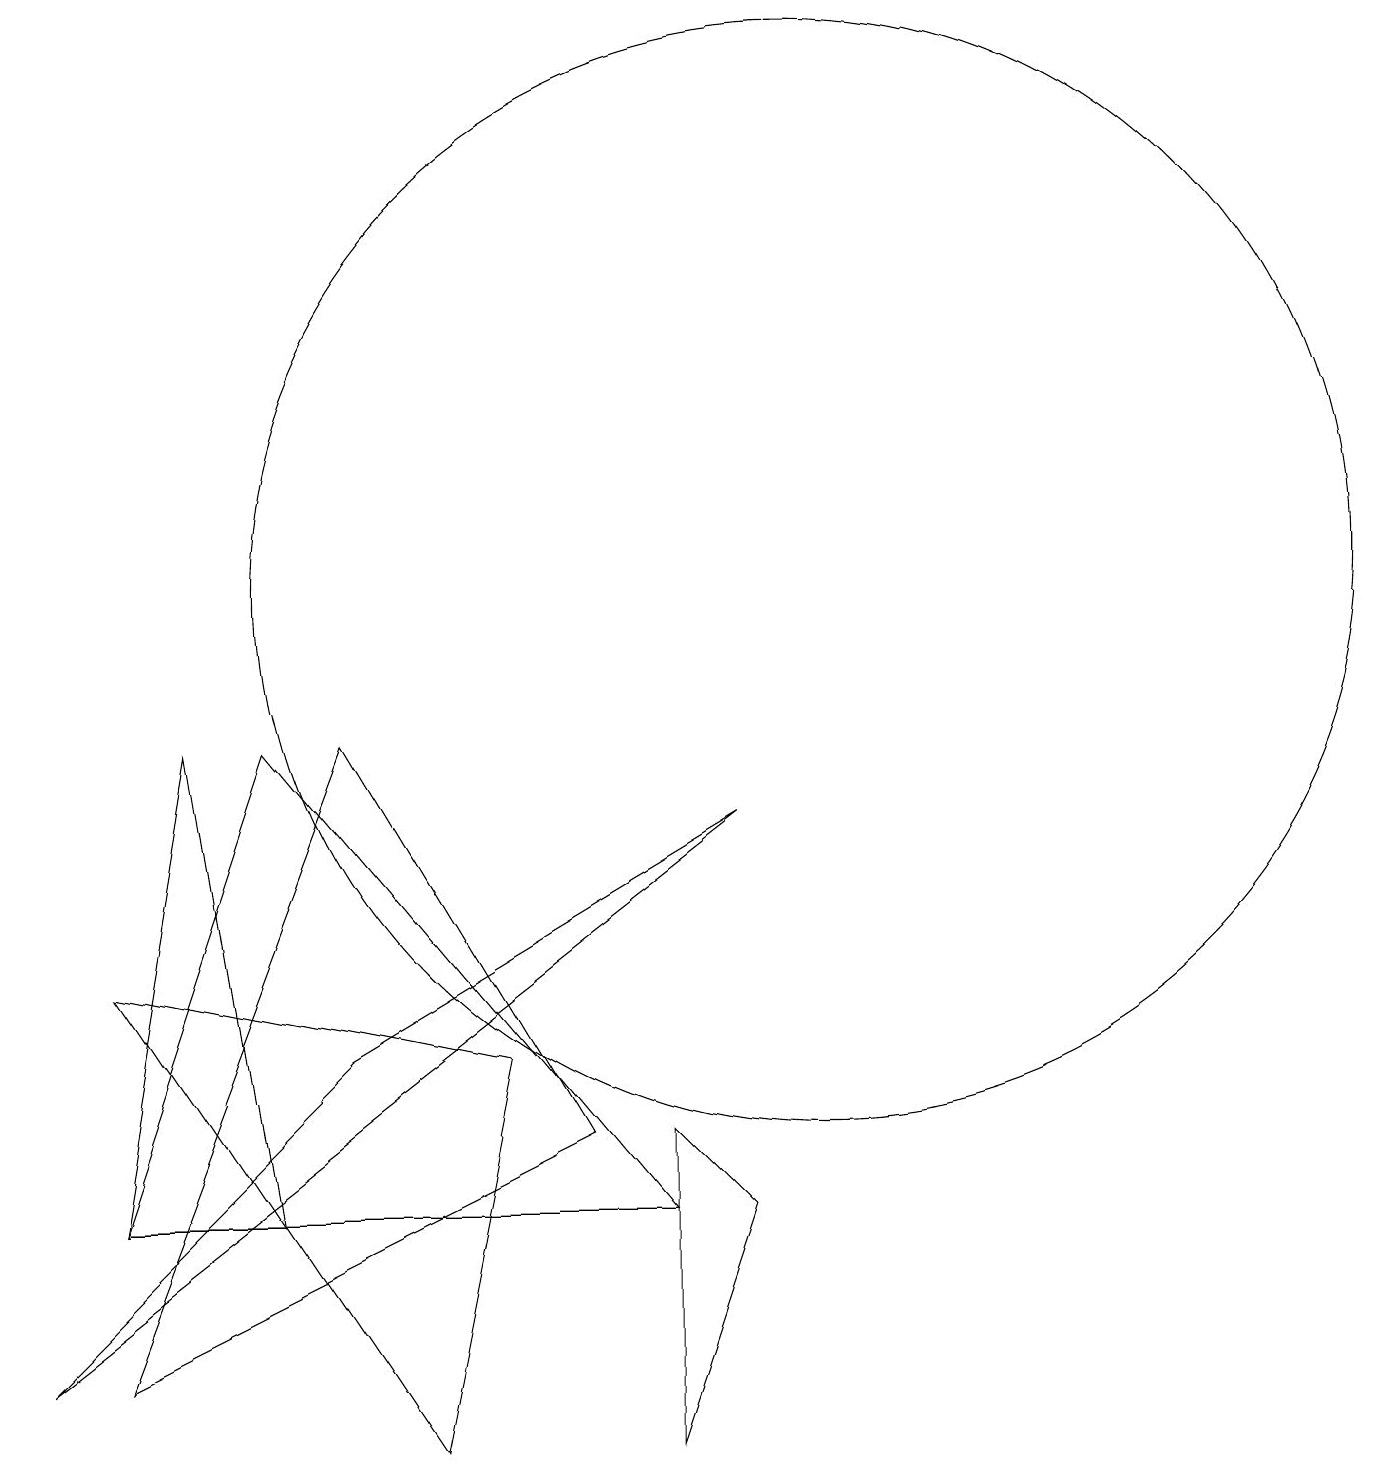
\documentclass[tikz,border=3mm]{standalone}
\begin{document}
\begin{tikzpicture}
\draw (9,8) -- (4,5) -- (0,1) -- cycle;
\draw (3,3) -- (2,9) -- (1,3) -- cycle;
\draw (10,11) circle (7);
\draw (3,9) -- (1,3) -- (8,3) -- cycle;
\draw (8,4) -- (8,0) -- (9,3) -- cycle;
\draw (6,5) -- (5,0) -- (1,6) -- cycle;
\draw (4,9) -- (7,4) -- (1,1) -- cycle;
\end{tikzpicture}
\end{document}